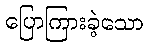
ပြောကြားခဲ့သော